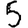
Digit: 5